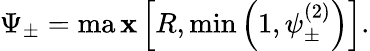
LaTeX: \Psi_{\pm}=\operatorname*{ma\mathbf{x}}\left[R,\operatorname*{min}\left(1,\psi_{\pm}^{(2)}\right)\right].